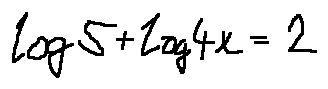
\log 5 + \log 4 x = 2